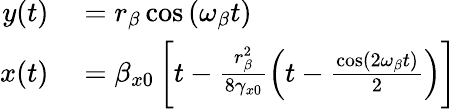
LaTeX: \begin{array}{rl}{y(t)}&{{}=r_{\beta}\cos{(\omega_{\beta}t)}}\\ {x(t)}&{{}=\beta_{x0}\left[t-\frac{r_{\beta}^{2}}{8\gamma_{x0}}\left(t-\frac{\cos(2\omega_{\beta}t)}{2}\right)\right]}\end{array}